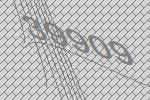
39909